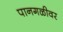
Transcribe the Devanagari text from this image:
पानगळीवर